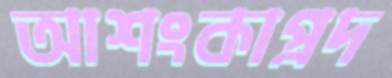
আশংকাপ্রদ